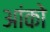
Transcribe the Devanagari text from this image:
आंको